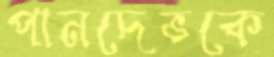
পানদেভকে